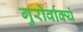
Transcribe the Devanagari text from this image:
गुरोर्वाक्यं